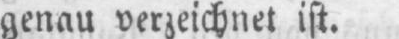
genau verzeichnet ist.